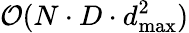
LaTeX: \mathcal{O}(N\cdot D\cdot d_{\mathrm{max}}^{2})